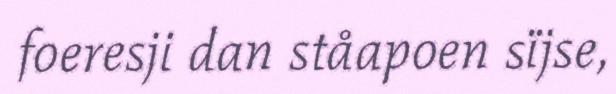
foeresji dan ståapoen sïjse,